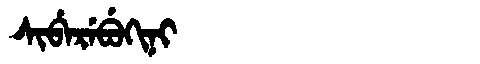
Manchu: ᠰᡳᠪᡝᡵᡝᠪᡠᡴᡳᠨᡳ
Romanization: SIBEREBUKINI